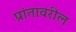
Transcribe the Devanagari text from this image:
प्रांतावरील